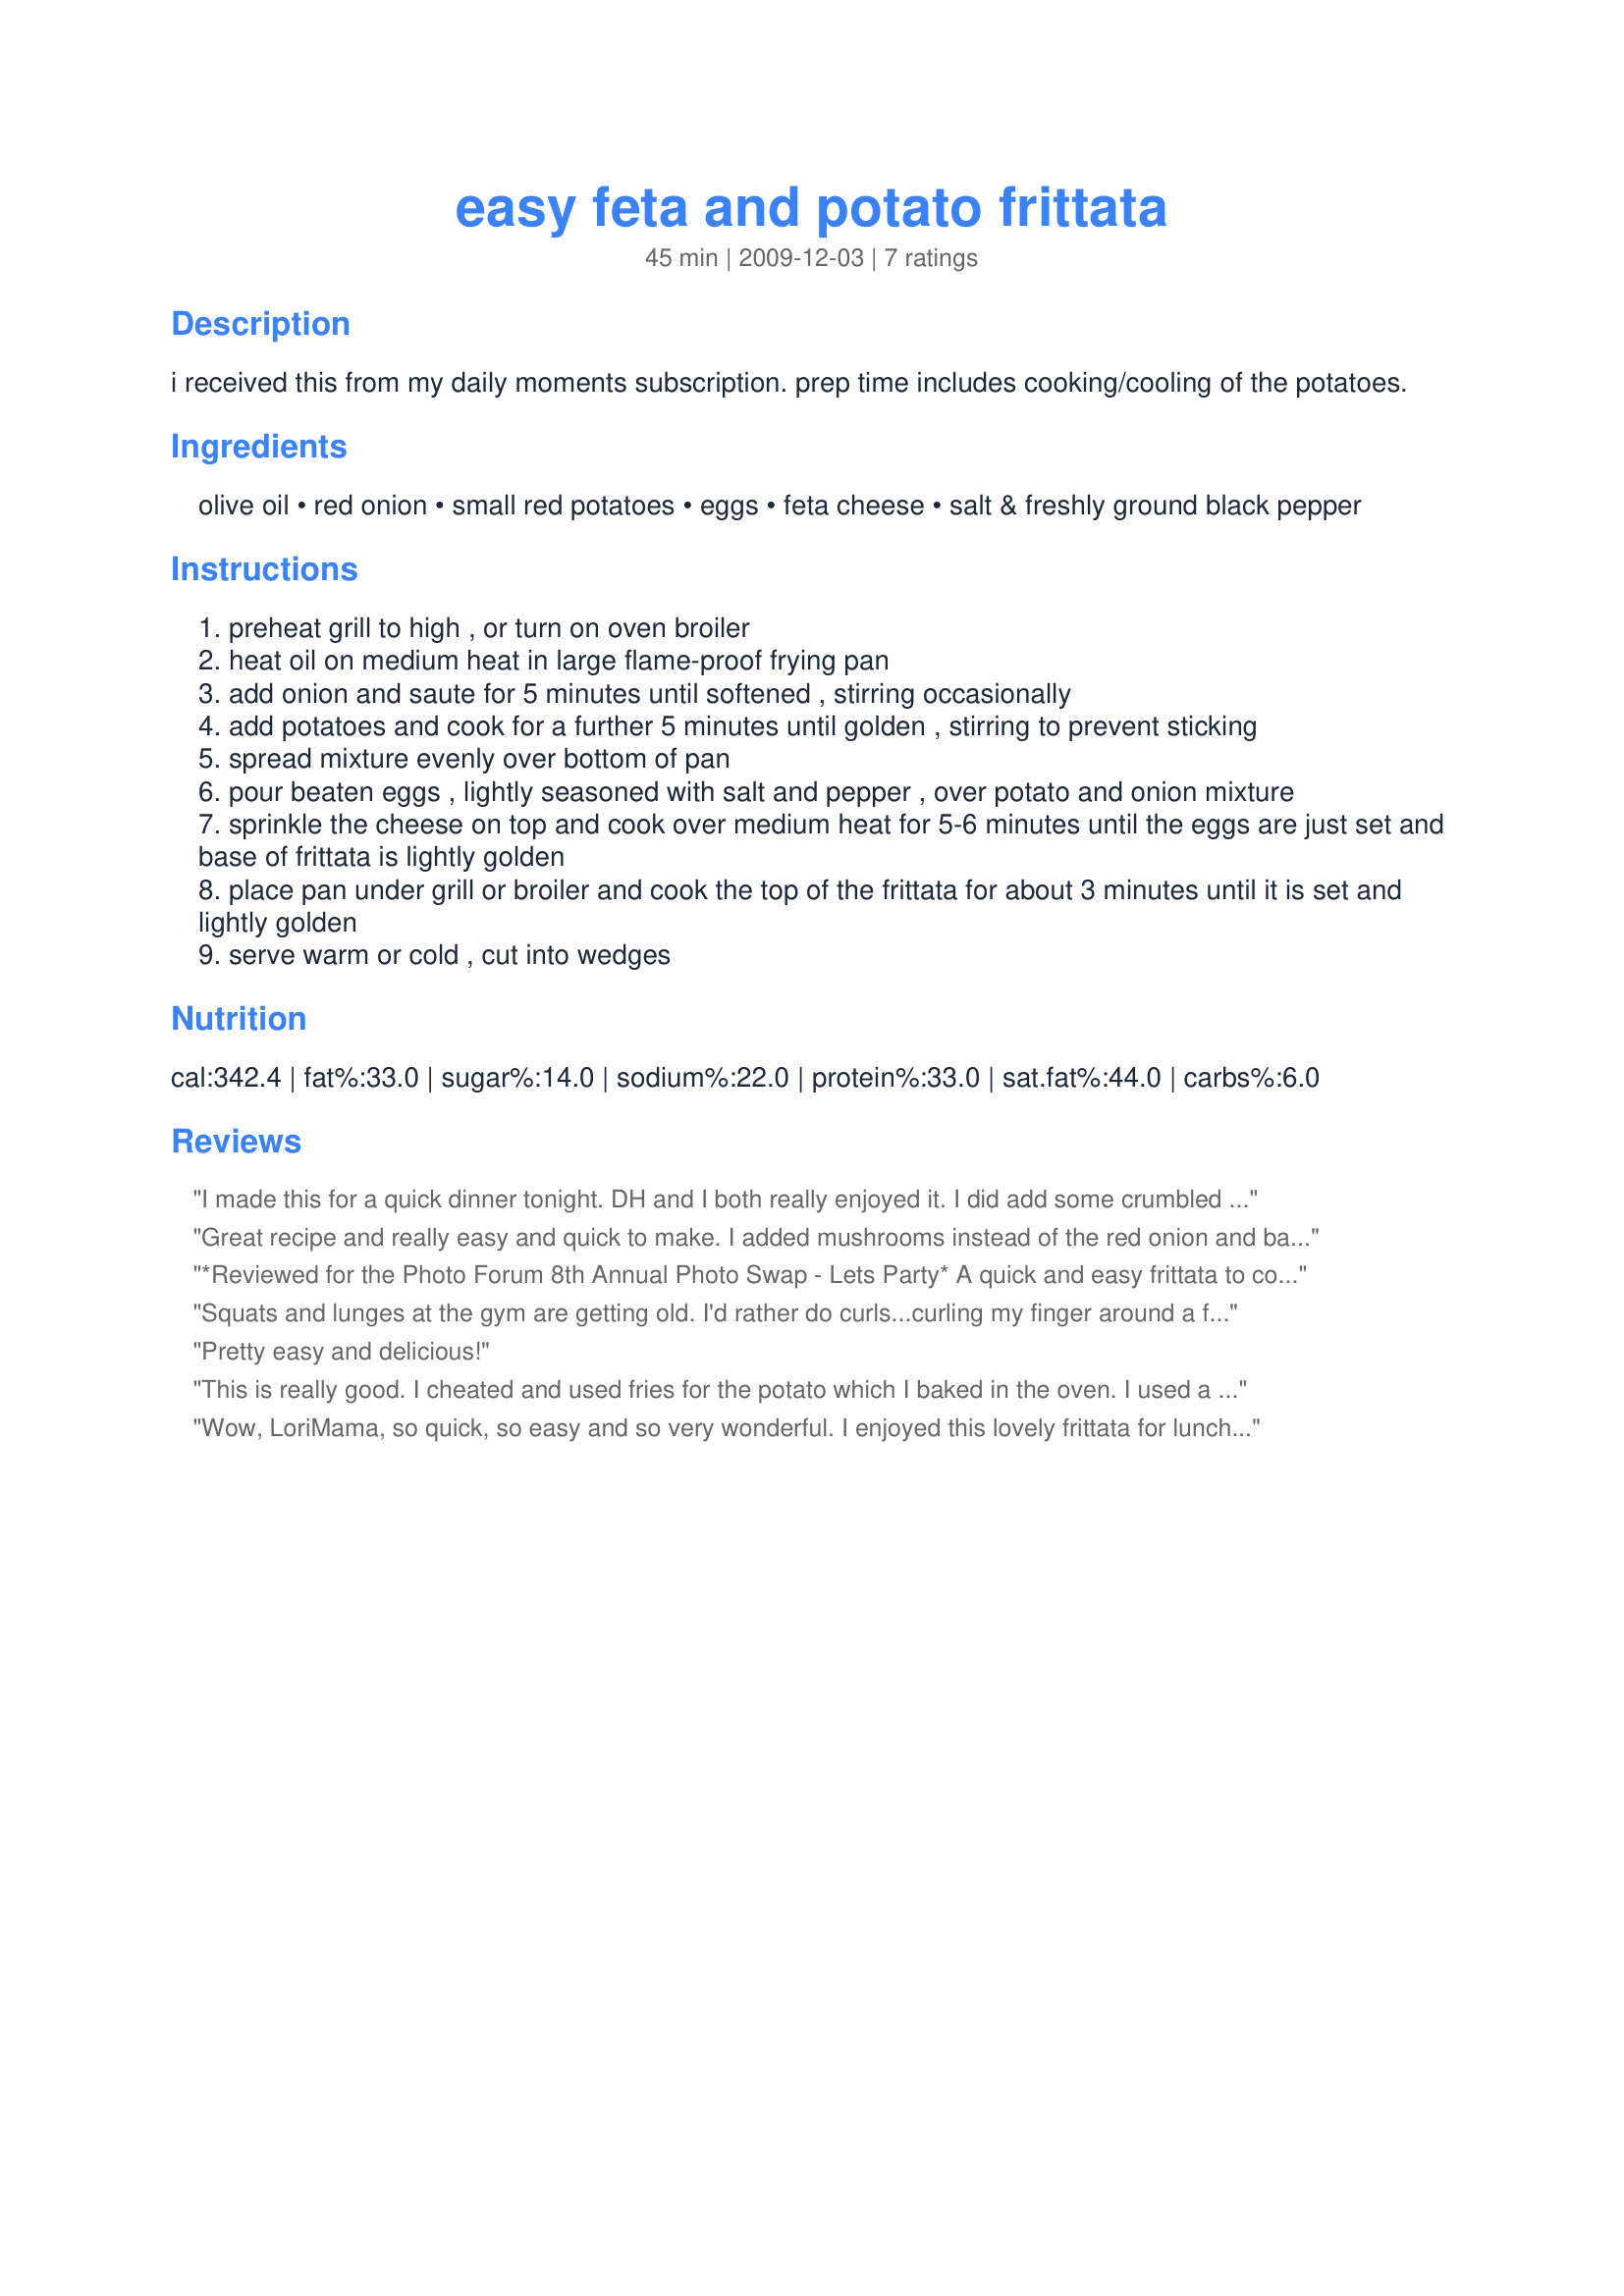
easy feta and potato frittata
Preparation time: 45 minutes

i received this from my daily moments subscription.
prep time includes cooking/cooling of the potatoes.

Ingredients:
olive oil, red onion, small red potatoes, eggs, feta cheese, salt & freshly ground black pepper

Steps:
preheat grill to high , or turn on oven broiler
heat oil on medium heat in large flame-proof frying pan
add onion and saute for 5 minutes until softened , stirring occasionally
add potatoes and cook for a further 5 minutes until golden , stirring to prevent sticking
spread mixture evenly over bottom of pan
pour beaten eggs , lightly seasoned with salt and pepper , over potato and onion mixture
sprinkle the cheese on top and cook over medium heat for 5-6 minutes until the eggs are just set and base of frittata is lightly golden
place pan under grill or broiler and cook the top of the frittata for about 3 minutes until it is set and lightly golden
serve warm or cold , cut into wedges

Reviews:
I made this for a quick dinner tonight. DH and I both really enjoyed it. I did add some crumbled bacon to the recipe which I will naturally leave out when I make this again for veggie DD. All this needs is a nice crisp green salad and dinner's on the table in very short order. Made for Everyday's a Holiday Tag.
Great recipe and really easy and quick to make. I added mushrooms instead of the red onion and baked in oven. You could really serve this at any time of the day. We all loved it.
*Reviewed for the Photo Forum 8th Annual Photo Swap - Lets Party* A quick and easy frittata to cook.....even quicker if you have left-over cooked potatoes. The red onion gave a mild flavour that complimented the saltiness from the feta cheese. I think this would serve 6 with a garden or green salad served on the side. Photos being posted
Squats and lunges at the gym are getting old. I'd rather do curls...curling my finger around a fork. Made for Everyday Is A Holiday.
Pretty easy and delicious!
This is really good. I cheated and used fries for the potato which I baked in the oven. I used a goat feta cheese. Served with corn free ketchup!
Wow, LoriMama, so quick, so easy and so very wonderful. I enjoyed this lovely frittata for lunch. It was perfect, soft tender and full of flavor. Made exactly as written, but used yukon gold potatoes and sweet white onions, it was what was on hand. Thanks so much for sharing this tasty treat that I will make again and again.
